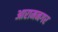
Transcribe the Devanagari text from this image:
आरामनगर